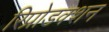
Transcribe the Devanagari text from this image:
रिप्रोडक्शन